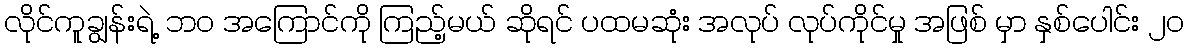
လိုင်ကူချွန်းရဲ့ ဘ၀ အကြောင်ကို ကြည့်မယ် ဆိုရင် ပထမဆုံး အလုပ် လုပ်ကိုင်မှု အဖြစ် မှာ နှစ်ပေါင်း ၂၀